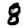
Digit: 8